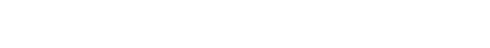
လက်ခံကြပါတယ်၊ အမွေထိန်းလက်မှတ် ရဖို့ကိုလဲ ကျွန်တော်တို့ကပဲ လိုက်စီစဉ်ပေးမယ်လို့